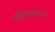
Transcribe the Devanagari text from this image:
पट्टिकागंज